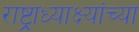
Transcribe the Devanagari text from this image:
राष्ट्राध्याक्ष्यांच्या